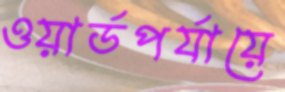
ওয়ার্ডপর্যায়ে